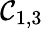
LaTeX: \mathcal{C}_{1,3}